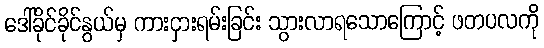
ဒေါ်ခိုင်ခိုင်နွယ်မှ ကားငှားရမ်းခြင်း သွားလာရသောကြောင့် ဖတပလကို